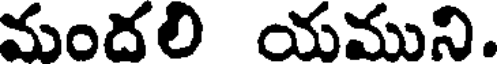
మందలి యముని.